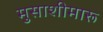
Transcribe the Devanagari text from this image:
मुसाशीमारू